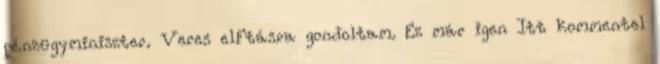
pénzügyminiszter. Veres elFtásra gondoltam. Ez már igen Itt kommentel